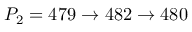
P _ { 2 } = 4 7 9 \to 4 8 2 \to 4 8 0